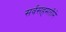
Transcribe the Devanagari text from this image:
सर्वसहमतीने